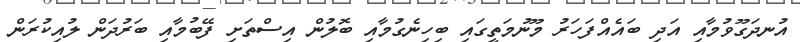
އުނދަގޫވުމާއި އަދި ބައެއްފަހަރު މޫނުމަތީގައި ބިހިނެގުމާއި ބޮލުން އިސްތަށި ފޭބުމާއި ބަރުދަން ލުއިކުރަން